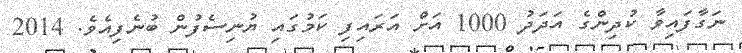
ނަގާފައިވާ ކުދިންގެ އަދަދު 1000 އަށް އަރައިފި ކަމުގައި ޔުނިސެފުން ބުނެފިއެވެ. 2014